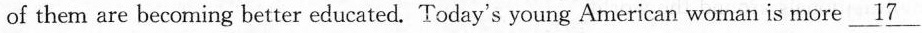
of them are becoming better educated. Today's young American woman is more\underline{17}